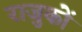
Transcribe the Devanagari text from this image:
राजुकों